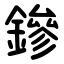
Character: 鏒